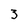
Character: 3